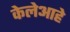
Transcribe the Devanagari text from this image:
केलेआहे